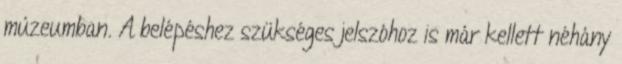
múzeumban. A belépéshez szükséges jelszóhoz is már kellett néhány